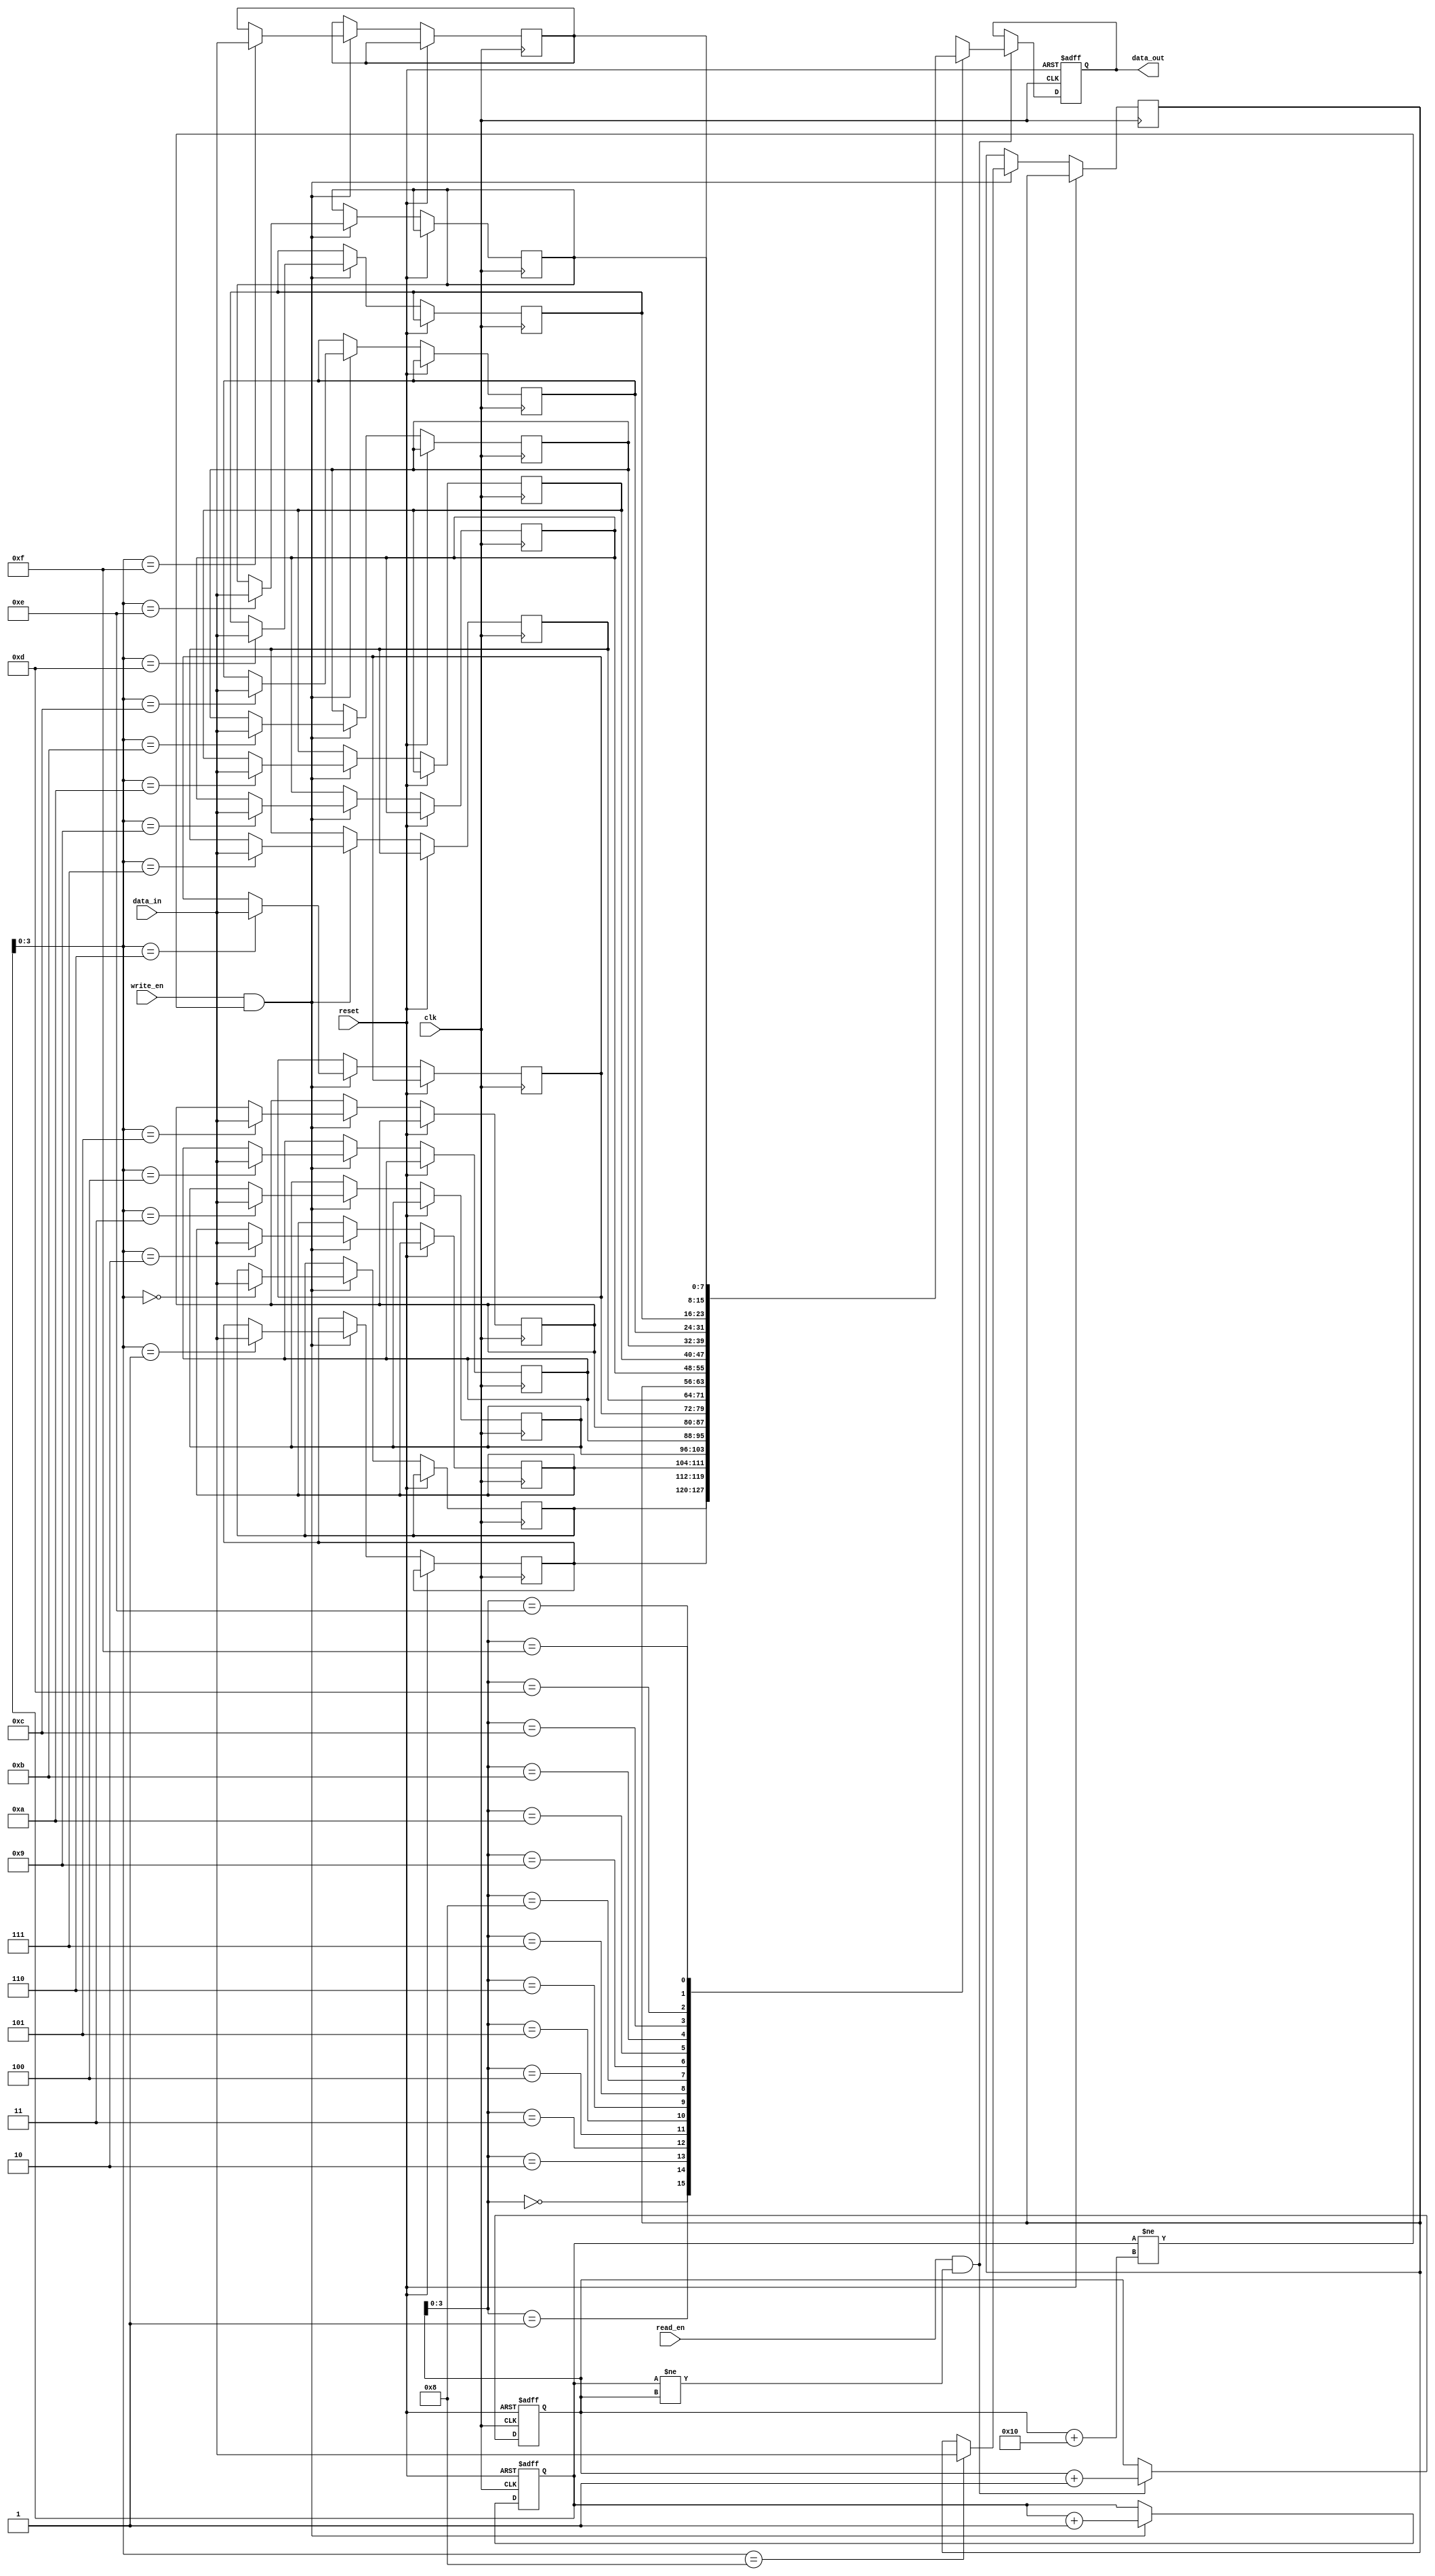
module synchronous_fifo (
  input clk,
  input reset,
  input write_en,
  input read_en,
  input [DATA_WIDTH-1:0] data_in,
  output reg [DATA_WIDTH-1:0] data_out
);

parameter FIFO_DEPTH = 16;
parameter DATA_WIDTH = 8;

reg [DATA_WIDTH-1:0] fifo [0:FIFO_DEPTH-1];
reg [FIFO_DEPTH-1:0] write_ptr, read_ptr;

always @(posedge clk or posedge reset) begin
  if (reset) begin
    write_ptr <= 0;
    read_ptr <= 0;
    data_out <= 0;
  end else begin
    if (write_en && (write_ptr != read_ptr + FIFO_DEPTH)) begin
      fifo[write_ptr] <= data_in;
      write_ptr <= write_ptr + 1;
    end
    
    if (read_en && (write_ptr != read_ptr)) begin
      data_out <= fifo[read_ptr];
      read_ptr <= read_ptr + 1;
    end
  end
end

endmodule